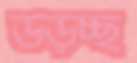
উড়চ্ছ